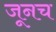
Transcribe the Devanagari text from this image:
जूनच